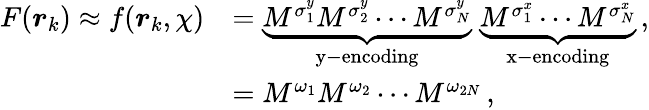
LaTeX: \begin{array}{rl}{F(\boldsymbol{r}_{k})\approx f(\boldsymbol{r}_{k},\chi)}&{=\underbrace{M^{\sigma_{1}^{y}}M^{\sigma_{2}^{y}}\cdots M^{\sigma_{N}^{y}}}_{\mathrm{y-encoding}}\; \underbrace{M^{\sigma_{1}^{x}}\cdots M^{\sigma_{N}^{x}}}_{\mathrm{x-encoding}}\, ,}\\ &{=M^{\omega_{1}}M^{\omega_{2}}\cdots M^{\omega_{2N}}\, ,}\end{array}